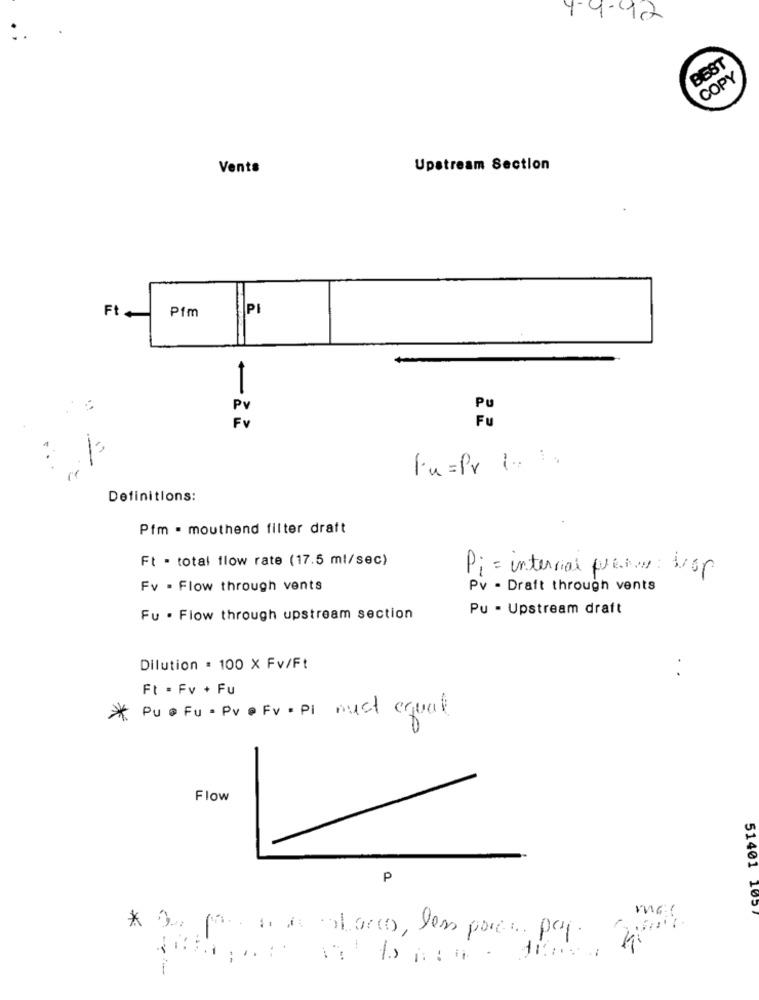
4-9-1902
BEST
COPY
Venta
Upstream Section
Ft
Pim
PI
Fu=Pr 1.
Definitions:
Pfm - mouthend filter draft
Ft . total flow rate (17.5 ml/sec)
Pi = interrior perour top
Fv . Flow through vents
Pv - Draft through vents
Pu - Upstream draft
Fu . Flow through upstream section
Dilution . 100 X Fv/Ft
Ft . Fv + Fu
* Pu @FU - Pv @ Fv· PI must equal
Flow
P
51401 1057
* Os pasos de blocco, less para. pay.
--